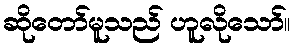
ဆိုတော်မူသည် ဟူလိုသော်။